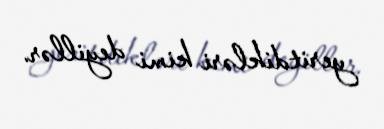
yeritdikləri kimi deyillər.